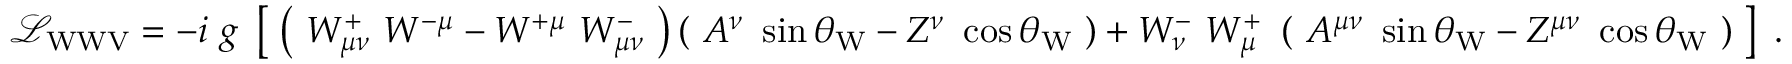
{ \mathcal { L } } _ { \mathrm { W W V } } = - i \ g \ \left[ \; \left( \ W _ { \mu \nu } ^ { + } \ W ^ { - \mu } - W ^ { + \mu } \ W _ { \mu \nu } ^ { - } \ \right) \left( \ A ^ { \nu } \ \sin \theta _ { \mathrm { W } } - Z ^ { \nu } \ \cos \theta _ { \mathrm { W } } \ \right) + W _ { \nu } ^ { - } \ W _ { \mu } ^ { + } \ \left( \ A ^ { \mu \nu } \ \sin \theta _ { \mathrm { W } } - Z ^ { \mu \nu } \ \cos \theta _ { \mathrm { W } } \ \right) \; \right] ~ .